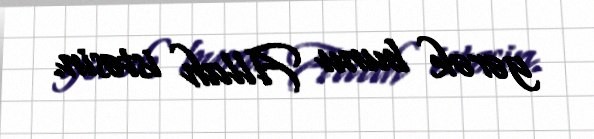
gərək bunu Allah istəsin.